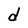
Character: d